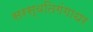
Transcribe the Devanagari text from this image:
सरस्वतिगंगाधर